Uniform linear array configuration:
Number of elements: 24
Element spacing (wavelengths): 0.5
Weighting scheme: uniform
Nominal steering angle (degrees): -30
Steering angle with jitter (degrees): -31.293
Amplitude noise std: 0.05
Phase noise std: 0.05

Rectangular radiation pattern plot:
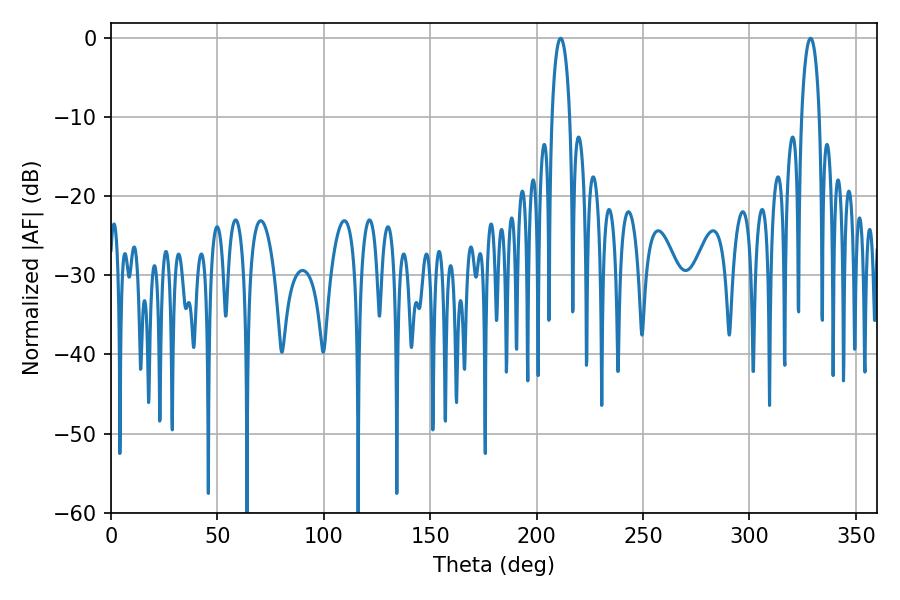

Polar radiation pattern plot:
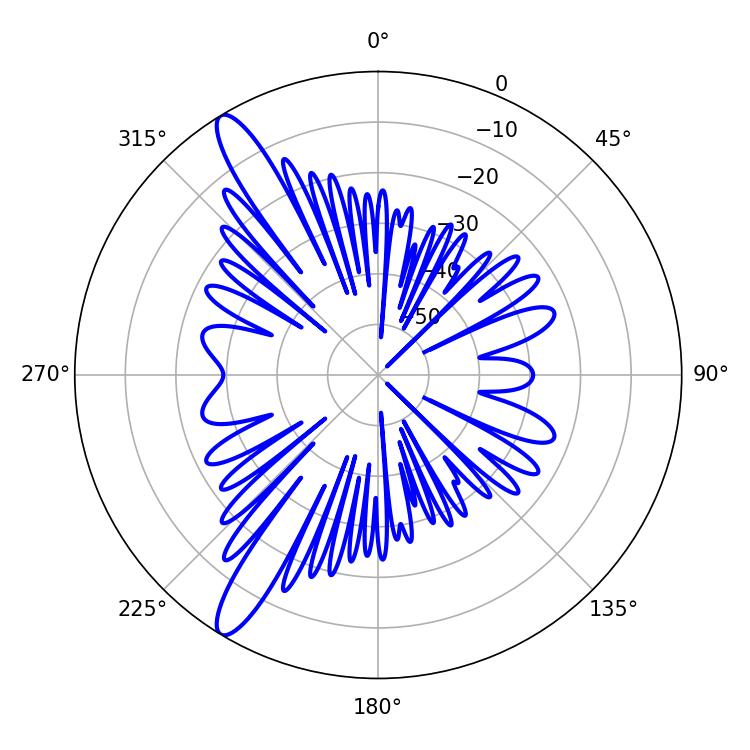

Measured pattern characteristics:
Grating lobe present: FALSE
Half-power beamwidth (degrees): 4.68
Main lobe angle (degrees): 211.32